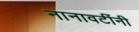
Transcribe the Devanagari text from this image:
नानावटींनी